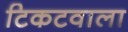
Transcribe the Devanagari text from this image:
टिकटवाला